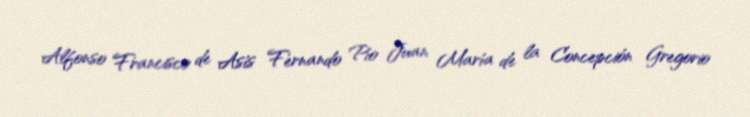
Alfonso Francisco de Asís Fernando Pío Juan María de la Concepción Gregorio